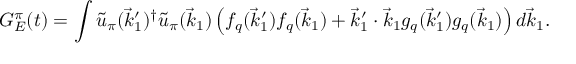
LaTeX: G _ { E } ^ { \pi } ( t ) = \int \tilde { u } _ { \pi } ( \vec { k } _ { 1 } ^ { \prime } ) ^ { \dagger } \tilde { u } _ { \pi } ( \vec { k } _ { 1 } ) \left( f _ { q } ( \vec { k } _ { 1 } ^ { \prime } ) f _ { q } ( \vec { k } _ { 1 } ) + \vec { k } _ { 1 } ^ { \prime } \cdot \vec { k } _ { 1 } g _ { q } ( \vec { k } _ { 1 } ^ { \prime } ) g _ { q } ( \vec { k } _ { 1 } ) \right) d \vec { k } _ { 1 } .